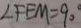
\angle F E M = 9 0 ^ { \circ }